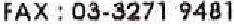
FAX : 03-3271 9481